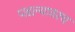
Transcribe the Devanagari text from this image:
पडल्यावरच